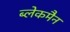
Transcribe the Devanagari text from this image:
ब्लेकमैन